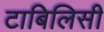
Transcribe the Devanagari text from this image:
टाबिलिसी